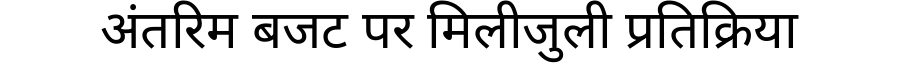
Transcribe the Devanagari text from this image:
अंतरिम बजट पर मिलीजुली प्रतिक्रिया